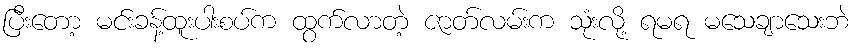
ပြီးတော့ မင်းခန့်ထူးပါးစပ်က ထွက်လာတဲ့ ဇာတ်လမ်းက သုံးလို့ ရမရ မသေချာသေးဘဲ